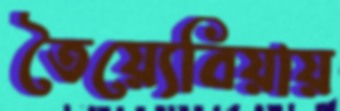
তৈয়্যেবিয়ায়